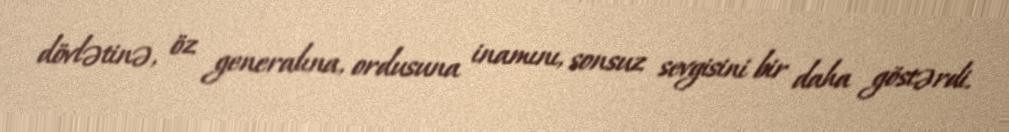
dövlətinə, öz generalına, ordusuna inamını, sonsuz sevgisini bir daha göstərdi.